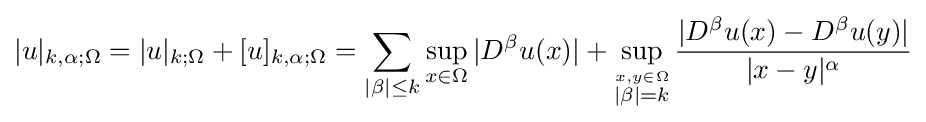
|u|_{k,\alpha ;\Omega }=|u|_{k;\Omega }+[u]_{k,\alpha ;\Omega }=\sum _{|\beta |\leq k}\sup _{x\in \Omega }|D^{\beta }u(x)|+\sup _{\stackrel {x,y\in \Omega }{|\beta |=k}}{\frac {|D^{\beta }u(x)-D^{\beta }u(y)|}{|x-y|^{\alpha }}}